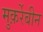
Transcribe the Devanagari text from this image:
मुक़र्रेबीन